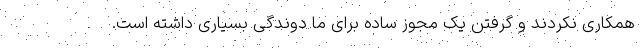
همکاری نکردند و گرفتن یک مجوز ساده برای ما دوندگی بسیاری داشته است.